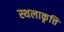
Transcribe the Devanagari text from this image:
स्थलाकृत्ति